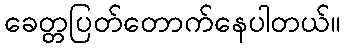
ခေတ္တပြတ်တောက်နေပါတယ်။